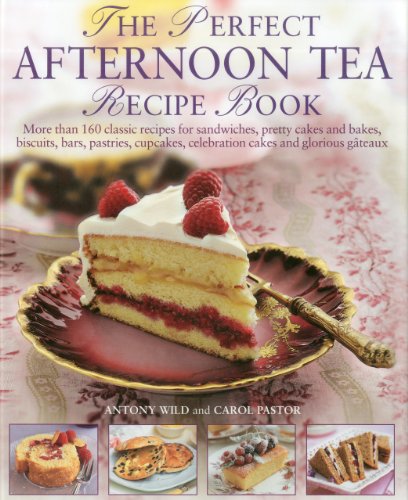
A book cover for The Perfect Afternoon Tea Recipe Book: More than 160 classic recipes for sandwiches, pretty cakes and bakes, biscuits, bars, pastries, cupcakes, ... and glorious gateaux, with 650 photographs; Antony Wild; Cookbooks, Food & Wine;